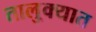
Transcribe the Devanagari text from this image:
तालु्क्यात